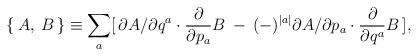
LaTeX: \begin{align*}\{\, A, \: B \, \} \equiv \sum_a [\, \partial A / \partial q^a \cdot \frac{\partial}{\partial p_a}B\: - \: (-)^{\mid a \mid} \partial A / \partial p_a \cdot \frac{\partial}{\partial q^a} B \,],\end{align*}